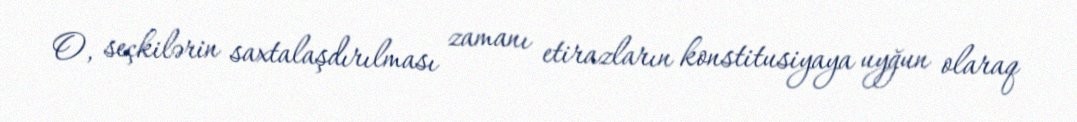
O, seçkilərin saxtalaşdırılması zamanı etirazların konstitusiyaya uyğun olaraq